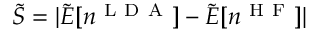
\tilde { S } = \lvert \tilde { E } [ n ^ { \mathrm { ~ L ~ D ~ A ~ } } ] - \tilde { E } [ n ^ { \mathrm { ~ H ~ F ~ } } ] \rvert